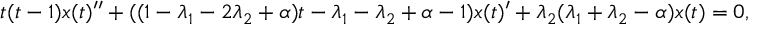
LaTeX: t ( t - 1 ) x ( t ) ^ { \prime \prime } + ( ( 1 - \lambda _ { 1 } - 2 \lambda _ { 2 } + \alpha ) t - \lambda _ { 1 } - \lambda _ { 2 } + \alpha - 1 ) x ( t ) ^ { \prime } + \lambda _ { 2 } ( \lambda _ { 1 } + \lambda _ { 2 } - \alpha ) x ( t ) = 0 ,